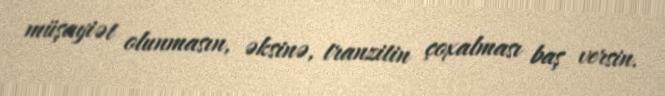
müşayiət olunmasın, əksinə, tranzitin çoxalması baş versin.